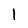
Character: 1